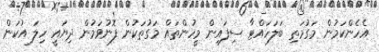
އެހެންކަމުން މަގުމަތި ބަލަހައްޓާ ސިފައިން މީހުންތައް މަގުތަކުން ފޮނުވަމުން ދިޔައީ ހިލަ އުކަން